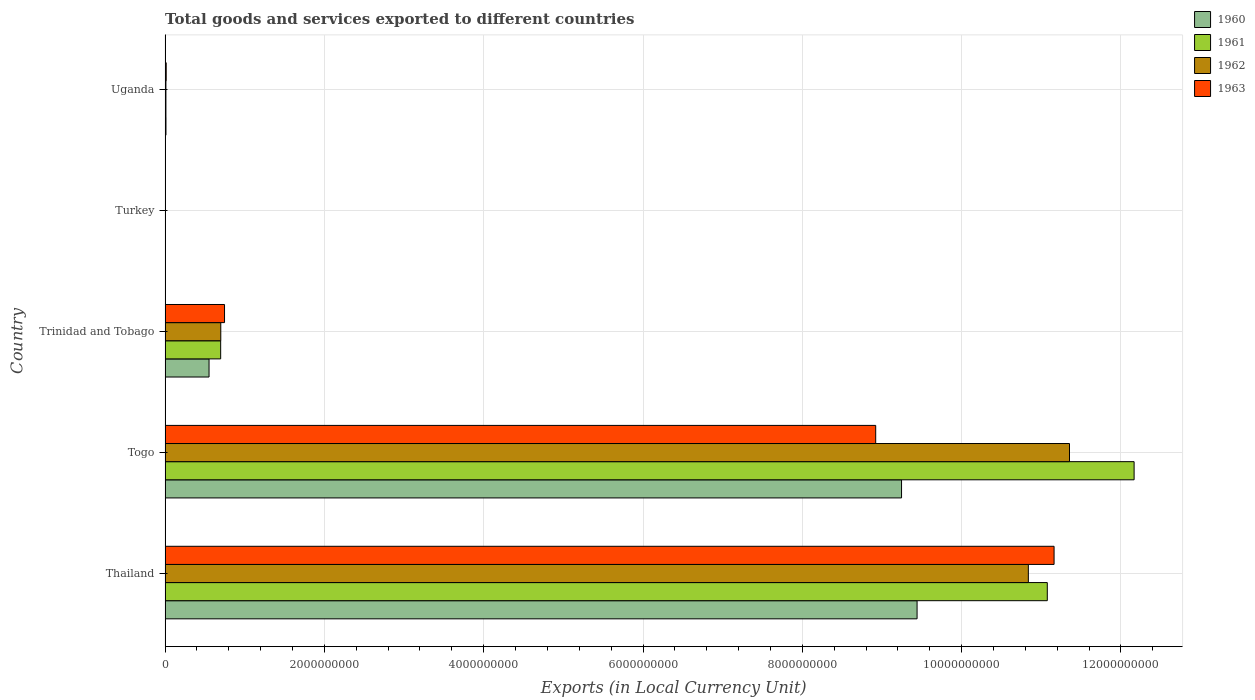
| Country | 1960 | 1961 | 1962 | 1963 |
 | --- | --- | --- | --- | --- |
 | Thailand | 9.44e+09 | 1.11e+10 | 1.08e+10 | 1.12e+10 |
 | Togo | 9.25e+09 | 1.22e+10 | 1.14e+10 | 8.92e+09 |
 | Trinidad and Tobago | 5.52e+08 | 6.98e+08 | 6.99e+08 | 7.46e+08 |
 | Turkey | 1.4e+03 | 3.7e+03 | 4.5e+03 | 3.9e+03 |
 | Uganda | 1.1e+07 | 1.03e+07 | 1.03e+07 | 1.39e+07 |